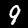
Label: 9